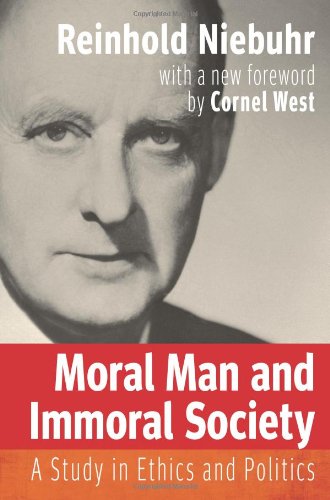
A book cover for Moral Man and Immoral Society: A Study in Ethics and Politics (Library of Theological Ethics); Reinhold Niebuhr; Christian Books & Bibles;